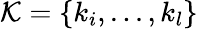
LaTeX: \mathcal{K}=\{ k_{i},...,k_{l}\}